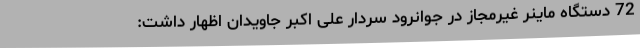
72 دستگاه ماینر غیرمجاز در جوانرود سردار علی اکبر جاویدان اظهار داشت: